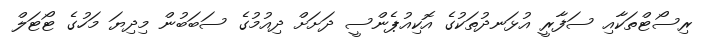
ރިސޯޓްތަކާއި ސަފާރީ އުޅަނދުތަކުގެ އޮކިއުޕެންސީ ދަށަށް ދިއުމުގެ ސަބަބުން މިދިޔަ މަހުގެ ޓޯޓަލް